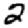
Digit: 2